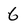
Character: 6